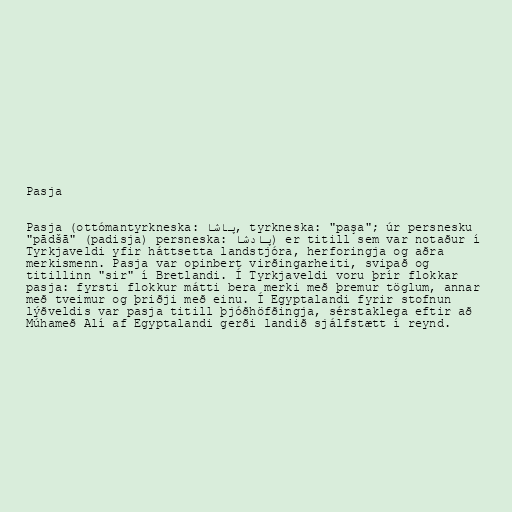
Pasja

Pasja (ottómantyrkneska: پاشا‎, tyrkneska: "paşa"; úr persnesku
"pādšā" (padisja) persneska: پادشا‎) er titill sem var notaður í
Tyrkjaveldi yfir háttsetta landstjóra, herforingja og aðra
merkismenn. Pasja var opinbert virðingarheiti, svipað og
titillinn "sir" í Bretlandi. Í Tyrkjaveldi voru þrír flokkar
pasja: fyrsti flokkur mátti bera merki með þremur töglum, annar
með tveimur og þriðji með einu. Í Egyptalandi fyrir stofnun
lýðveldis var pasja titill þjóðhöfðingja, sérstaklega eftir að
Múhameð Alí af Egyptalandi gerði landið sjálfstætt í reynd.